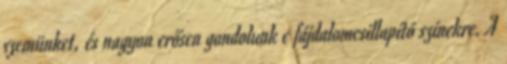
szemünket, és nagyon erősen gondolunk e fájdalomcsillapító színekre. A